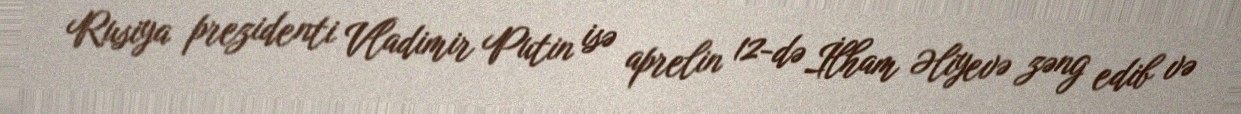
Rusiya prezidenti Vladimir Putin isə aprelin 12-də İlham Əliyevə zəng edib və